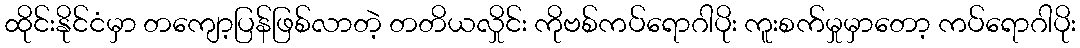
ထိုင်းနိုင်ငံမှာ တကျော့ပြန်ဖြစ်လာတဲ့ တတိယလှိုင်း ကိုဗစ်ကပ်ရောဂါပိုး ကူးစက်မှုမှာတော့ ကပ်ရောဂါပိုး